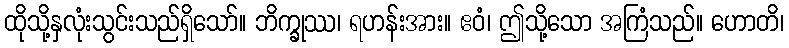
ထိုသို့နှလုံးသွင်းသည်ရှိသော်။ ဘိက္ခုဿ၊ ရဟန်းအား။ ဧဝံ၊ ဤသို့သော အကြံသည်။ ဟောတိ၊